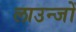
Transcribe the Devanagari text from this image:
लाउन्जों